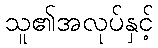
သူ၏အလုပ်နှင့်